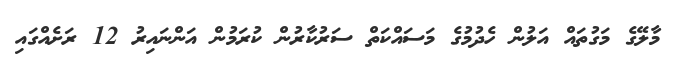
މާލޭގެ މަގުތައް އަލުން ހެދުމުގެ މަސައްކަތް ސަރުކާރުން ކުރަމުން އަންނައިރު 12 ރަށެއްގައި